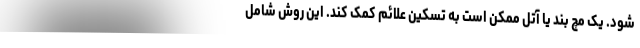
شود. یک مچ بند یا آتل ممکن است به تسکین علائم کمک کند. این روش شامل